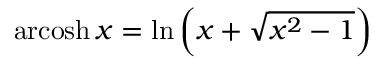
\operatorname { a r c o s h } x = \ln \left( x + { \sqrt { x ^ { 2 } - 1 } } \right)